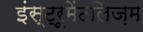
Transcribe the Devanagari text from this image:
इंस्ट्रूमेंटलिज़म